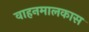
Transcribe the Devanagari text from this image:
वाहनमालकास